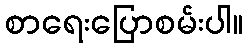
စာရေးပြောစမ်းပါ။